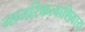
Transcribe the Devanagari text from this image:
नागरिकत्वाशिवाय